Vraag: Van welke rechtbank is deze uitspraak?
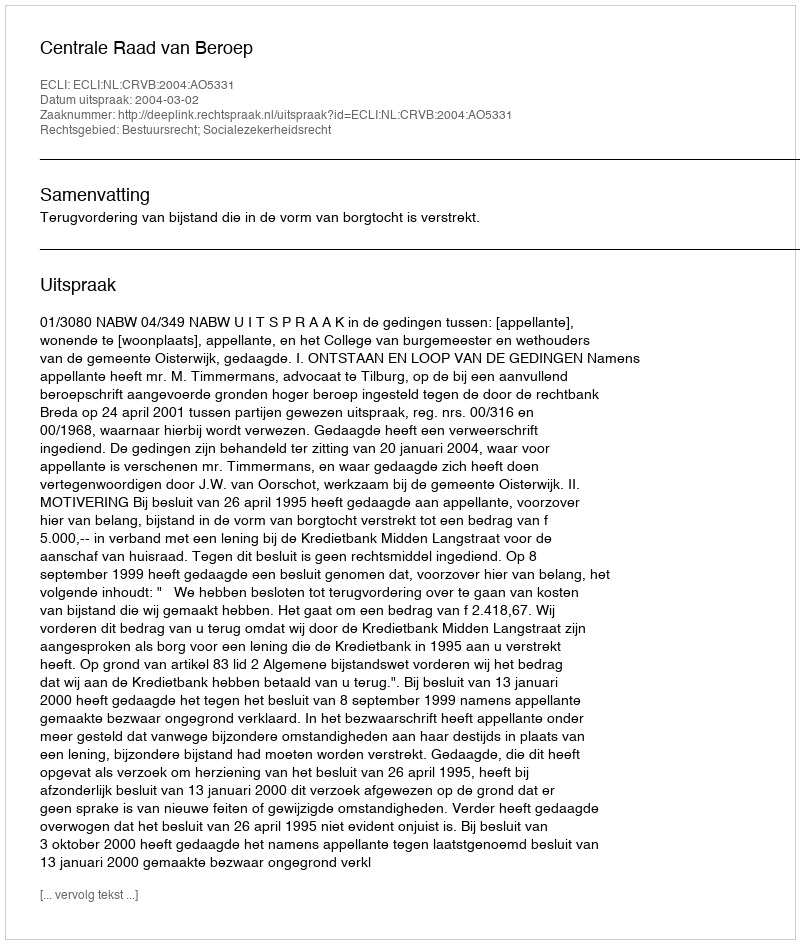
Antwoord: Centrale Raad van Beroep